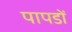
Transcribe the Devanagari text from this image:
पापडों